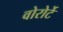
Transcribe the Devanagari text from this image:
वोरोर्टे